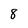
Character: 8